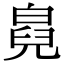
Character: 𤾇